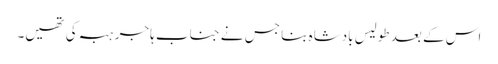
اس کے بعد طولیس بادشاہ بنا جس نے جناب ہاجر ہبہ کی تھیں۔